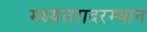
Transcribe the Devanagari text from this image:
मध्यंतरादरम्यान